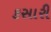
કસારી